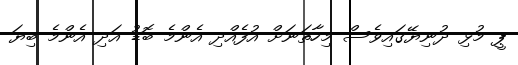
ޕީ މުޅި ދުނިޔޭގައިވެސް މިހާތަނަށް އުފެއްދި އެންމެ ބޮޑު އަދި އެންމެ ބިޔަ